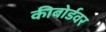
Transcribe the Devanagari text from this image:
कीबोर्डवर